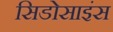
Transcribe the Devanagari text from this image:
सिडोसाइंस